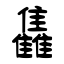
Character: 雥